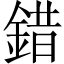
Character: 錯